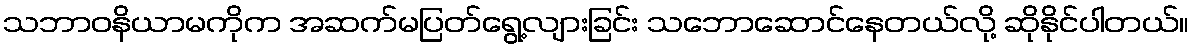
သဘာဝနိယာမကိုက အဆက်မပြတ်ရွေ့လျားခြင်း သဘောဆောင်နေတယ်လို့ ဆိုနိုင်ပါတယ်။